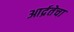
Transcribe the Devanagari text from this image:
आर्द्रतेचा